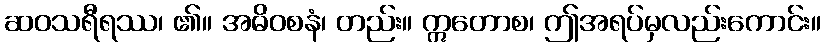
ဆဝသရီရဿ၊ ၏။ အဓိဝစနံ၊ တည်း။ ဣတောစ၊ ဤအရပ်မှလည်းကောင်း။